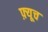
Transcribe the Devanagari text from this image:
फ़्यूच